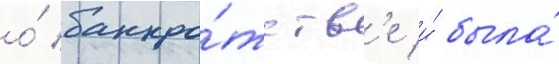
о́ банкро́тств'е и́ была́